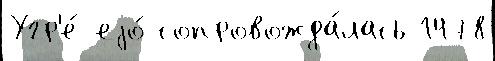
Угр'е́ еjо́ сопровожда́лась 1478